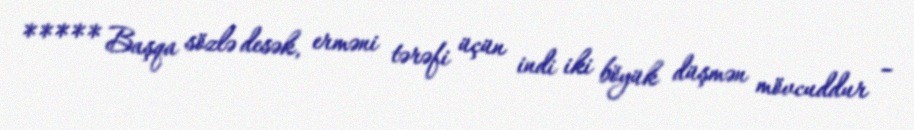
***** Başqa sözlə desək, erməni tərəfi üçün indi iki böyük düşmən mövcuddur –